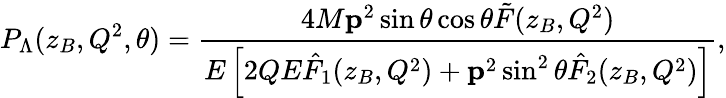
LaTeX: P_{\Lambda}(z_{B},Q^{2},\theta)=\frac{4M{\mathbf p}^{2}\sin\theta\cos\theta\tilde{F}(z_{B},Q^{2})}{E\left[2QE\hat{F}_{1}(z_{B},Q^{2})+{\mathbf p}^{2}\sin^{2}\theta\hat{F}_{2}(z_{B},Q^{2})\right]},